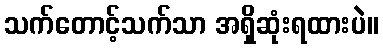
သက်တောင့်သက်သာ အရှိဆုံးရထားပဲ။